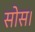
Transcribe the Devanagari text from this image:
सोस।